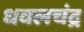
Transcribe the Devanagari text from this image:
धवलचंद्र